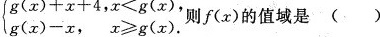
begin { cases } g ( x ) + x + 4 ,x < g ( x ) \\\\ g ( x ) - x , x \geqslant g(x) \end{cases}$$ 则f(x)的值域是 （）